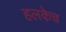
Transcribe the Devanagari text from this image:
हलकेच